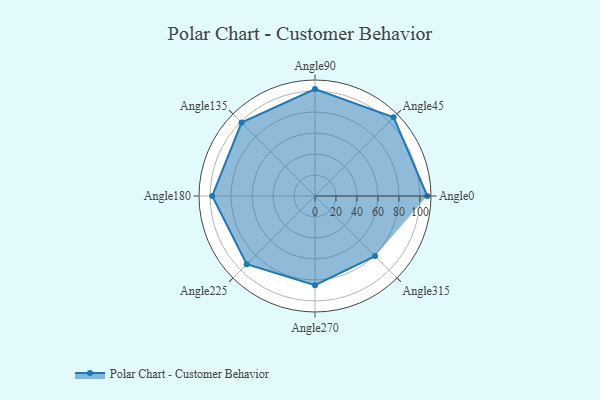
{"axis": {"x": "Angle", "y": "Radius"}, "legend": [""], "data": [{"x": "Angle0", "y": 107.0, "type": ""}, {"x": "Angle45", "y": 106.0, "type": ""}, {"x": "Angle90", "y": 102.0, "type": ""}, {"x": "Angle135", "y": 99.0, "type": ""}, {"x": "Angle180", "y": 98.0, "type": ""}, {"x": "Angle225", "y": 92.0, "type": ""}, {"x": "Angle270", "y": 85.0, "type": ""}, {"x": "Angle315", "y": 81.0, "type": ""}]}